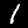
Label: 1